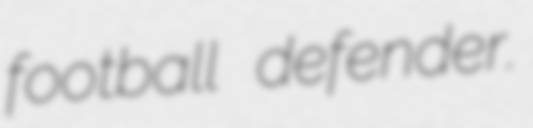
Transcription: football defender.